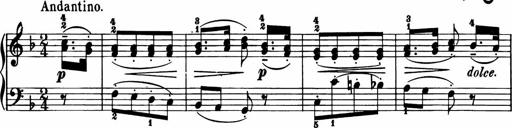
Title: 11 Sonatinas for Piano Solo
Composer: Anton Diabelli